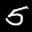
Label: 5